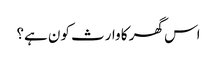
اس گھر کا وارث کون ہے؟